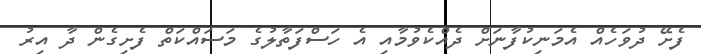
ފެށޭ ދުވަހެއް އެމަނިކުފާނަށް ދެއްކެވުމާއި އެ ހަސްފަތާލުގެ މަސައްކަތް ފެށިގެން ދާ އިރު